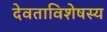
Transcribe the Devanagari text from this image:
देवताविशेषस्य